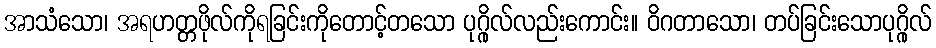
အာသံသော၊ အရဟတ္တဖိုလ်ကိုရခြင်းကိုတောင့်တသော ပုဂ္ဂိုလ်လည်းကောင်း။ ဝိဂတာသော၊ တပ်ခြင်းသောပုဂ္ဂိုလ်